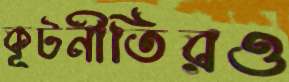
কূটনীতিরও